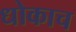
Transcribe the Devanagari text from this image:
धोकाच